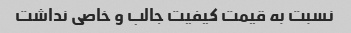
نسبت به قیمت کیفیت جالب و خاصی نداشت